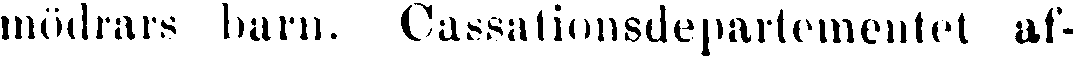
mödrars barn. Cassationsdepartementet af-